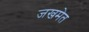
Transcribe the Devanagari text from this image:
जखमेत